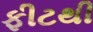
ફીટથી